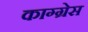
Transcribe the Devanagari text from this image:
काग्ग्रेस